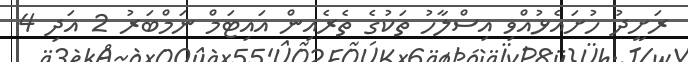
ރަށީދު ހުށައެޅުއްވި އިސްލާހު ތަކުގެ ތެރެއިން އައިޓަމް ނަމްބަރު 2 އަދި 4